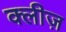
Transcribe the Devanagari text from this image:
क्लीज़